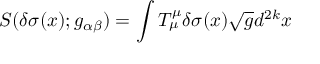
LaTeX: S ( \delta \sigma ( x ) ; g _ { \alpha \beta } ) = \int T _ { \mu } ^ { \mu } \delta \sigma ( x ) \sqrt { g } d ^ { 2 k } x